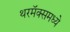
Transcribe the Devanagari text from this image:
थरमॅक्समध्ये